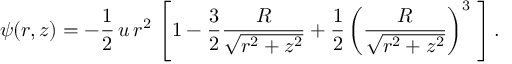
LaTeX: \psi ( r , z ) = - { \frac { 1 } { 2 } } \, u \, r ^ { 2 } \, \left[ 1 - { \frac { 3 } { 2 } } { \frac { R } { \sqrt { r ^ { 2 } + z ^ { 2 } } } } + { \frac { 1 } { 2 } } \left( { \frac { R } { \sqrt { r ^ { 2 } + z ^ { 2 } } } } \right) ^ { 3 } \; \right] .